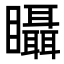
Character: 𥍉